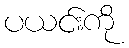
ပယင်းကို